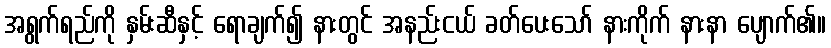
အရွက်ရည်ကို နှမ်းဆီနှင့် ရောချက်၍ နားတွင် အနည်းငယ် ခတ်ပေးသော် နားကိုက် နားနာ ပျောက်၏။